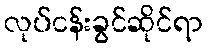
လုပ်ငန်းခွင်ဆိုင်ရာ